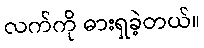
လက်ကို ဓားရှခဲ့တယ်။